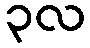
၃လ